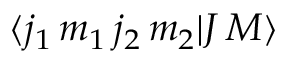
\langle j _ { 1 } \, m _ { 1 } \, j _ { 2 } \, m _ { 2 } | J \, M \rangle